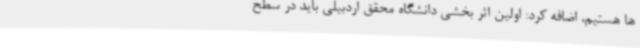
ها هستیم، اضافه کرد: اولین اثر بخشی دانشگاه محقق اردبیلی باید در سطح